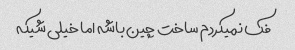
فک نمیکردم ساخت چین باشه اما خیلی شیکه